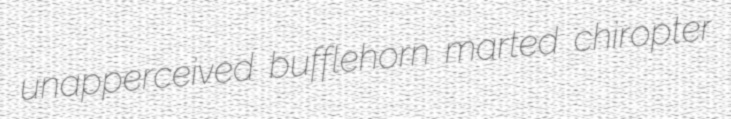
unapperceived bufflehorn marted chiropter